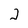
Character: 2